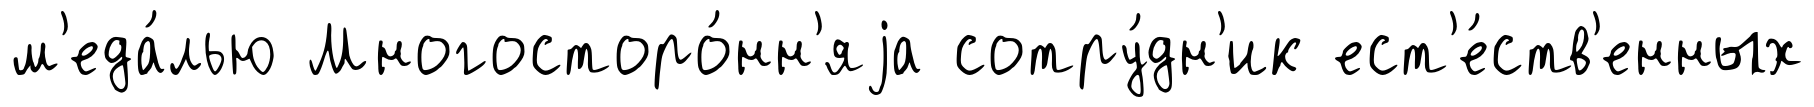
м'еда́лью Многосторо́нн'яjа сотру́дн'ик ест'е́ств'енных